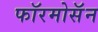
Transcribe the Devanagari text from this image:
फॉरमोसॅन